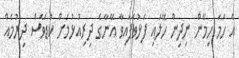
އެ ހަމަ ހިމޭން ނިދިން ހޭލައި ފަޅުވެފައިވާ އޭނާގެ ދިރިއުޅުމަށް ކުޑަވެސް ދިރުމެއް